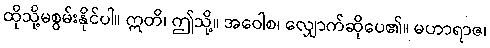
ထိုသို့မစွမ်းနိုင်ပါ။ ဣတိ၊ ဤသို့။ အဝေါစ၊ လျှောက်ဆိုပေ၏။ မဟာရာဇ၊